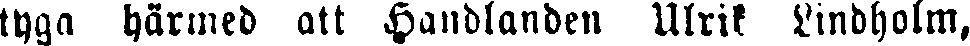
tyga härmed att Handlanden Ulrik Lindholm,